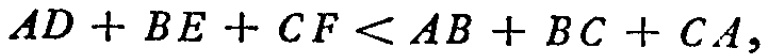
\(AD + BE + CF < AB + BC + CA,\)